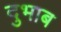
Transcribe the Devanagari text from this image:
दुभाब